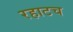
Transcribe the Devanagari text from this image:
रहाटच